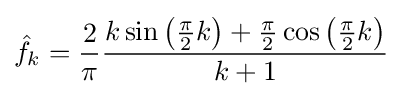
{\hat {f}}_{k}={\frac {2}{\pi }}{\frac {k\sin \left({\frac {\pi }{2}}k\right)+{\frac {\pi }{2}}\cos \left({\frac {\pi }{2}}k\right)}{k+1}}